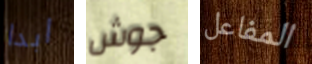
ابدا جوش المفاعل